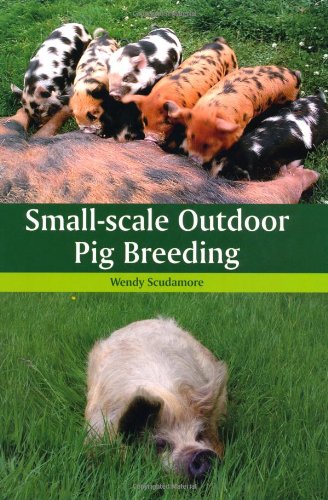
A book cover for Small-scale Outdoor Pig Breeding; Wendy Scudamore; Crafts, Hobbies & Home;